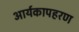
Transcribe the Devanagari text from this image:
आर्यकापहरण